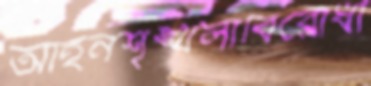
আইনশৃঙ্খলাবিরোধী